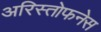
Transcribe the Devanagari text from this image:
अरिस्तोफनेस